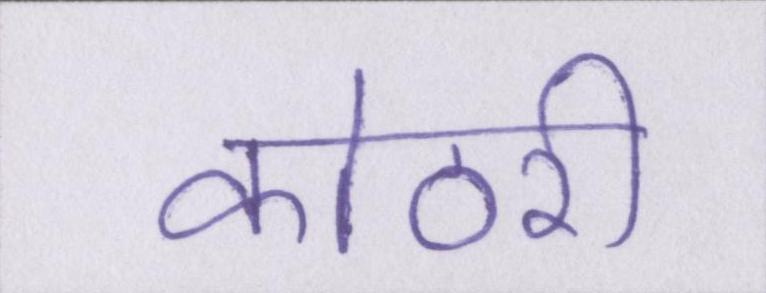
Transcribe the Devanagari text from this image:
कोठरी